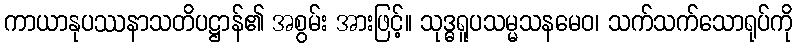
ကာယာနုပဿနာသတိပဋ္ဌာန်၏ အစွမ်း အားဖြင့်။ သုဒ္ဓရူပသမ္မသနမေဝ၊ သက်သက်သောရုပ်ကို